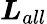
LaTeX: \boldsymbol{L}_{all}